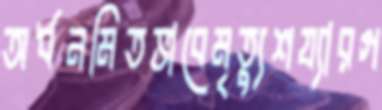
অর্ধনমিতভাবেমৃত্যুশয্যারগ